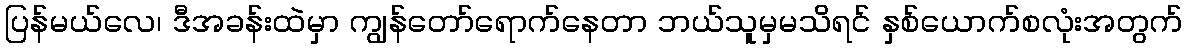
ပြန်မယ်လေ၊ ဒီအခန်းထဲမှာ ကျွန်တော်ရောက်နေတာ ဘယ်သူမှမသိရင် နှစ်ယောက်စလုံးအတွက်